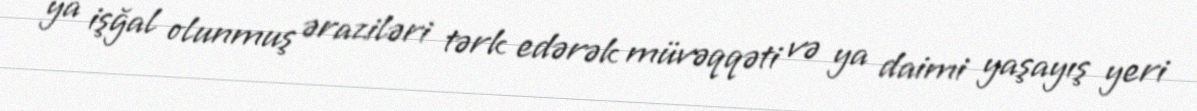
ya işğal olunmuş əraziləri tərk edərək müvəqqəti və ya daimi yaşayış yeri